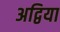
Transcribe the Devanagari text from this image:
अद्विया